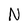
Character: N